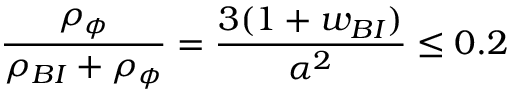
{ \frac { \rho _ { \phi } } { \rho _ { B I } + \rho _ { \phi } } } = { \frac { 3 ( 1 + w _ { B I } ) } { \alpha ^ { 2 } } } \le 0 . 2